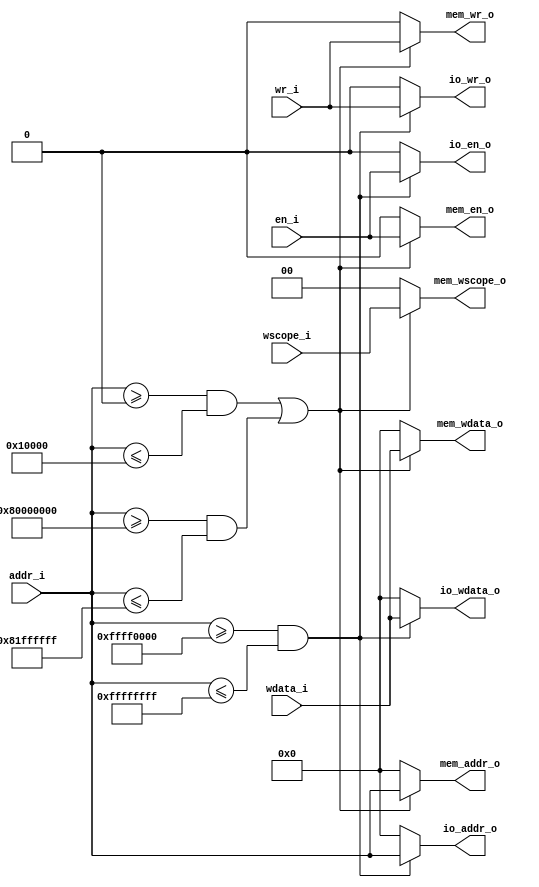
//////////////////////////////////////////////////////////////////////////////////
// Copyright (c) 2023, c.fan                                                      
//                                                                                
// Redistribution and use in source and binary forms, with or without             
// modification, are permitted provided that the following conditions are met:    
//                                                                                
// 1. Redistributions of source code must retain the above copyright notice, this 
//    list of conditions and the following disclaimer.                            
//                                                                                
// 2. Redistributions in binary form must reproduce the above copyright notice,   
//    this list of conditions and the following disclaimer in the documentation   
//    and/or other materials provided with the distribution.                      
//                                                                                
// 3. Neither the name of the copyright holder nor the names of its               
//    contributors may be used to endorse or promote products derived from        
//    this software without specific prior written permission.                    
//                                                                                
// THIS SOFTWARE IS PROVIDED BY THE COPYRIGHT HOLDERS AND CONTRIBUTORS "AS IS"    
// AND ANY EXPRESS OR IMPLIED WARRANTIES, INCLUDING, BUT NOT LIMITED TO, THE      
// IMPLIED WARRANTIES OF MERCHANTABILITY AND FITNESS FOR A PARTICULAR PURPOSE ARE 
// DISCLAIMED. IN NO EVENT SHALL THE COPYRIGHT HOLDER OR CONTRIBUTORS BE LIABLE   
// FOR ANY DIRECT, INDIRECT, INCIDENTAL, SPECIAL, EXEMPLARY, OR CONSEQUENTIAL     
// DAMAGES (INCLUDING, BUT NOT LIMITED TO, PROCUREMENT OF SUBSTITUTE GOODS OR     
// SERVICES; LOSS OF USE, DATA, OR PROFITS; OR BUSINESS INTERRUPTION) HOWEVER     
// CAUSED AND ON ANY THEORY OF LIABILITY, WHETHER IN CONTRACT, STRICT LIABILITY,  
// OR TORT (INCLUDING NEGLIGENCE OR OTHERWISE) ARISING IN ANY WAY OUT OF THE USE  
// OF THIS SOFTWARE, EVEN IF ADVISED OF THE POSSIBILITY OF SUCH DAMAGE.           
//////////////////////////////////////////////////////////////////////////////////

/**
 * load store io dispatcher
 * for the time being, simply dispatch (mem - cache future, uart, & other IO devices)
 * for future, the IO is preferable to have kind of IO bus
 */
 
module ldstio_dispatcher(
   // unified load store interface  
   input       [31:0]   addr_i      ,
   input                en_i        ,
   input                wr_i        ,
   input       [31:0]   wdata_i     ,
   input       [1:0]    wscope_i    ,
   // output for memory interface
   output reg  [31:0]   mem_addr_o  ,
   output reg           mem_en_o    ,
   output reg           mem_wr_o    ,
   output reg  [31:0]   mem_wdata_o ,
   output reg  [1:0]    mem_wscope_o, 
   // output for IO
   output reg  [31:0]   io_addr_o   ,
   output reg           io_en_o     ,
   output reg           io_wr_o     ,
   output reg  [31:0]   io_wdata_o  
   );
   
   // just a simple split
   // maybe kind of configuration table later
   parameter   IO_SPACE_BEGIN    =  32'hffff0000;
   parameter   IO_SPACE_END      =  32'hffffffff;   
   parameter   MEM_SPACE0_BEGIN  =  32'h00000000;
   parameter   MEM_SPACE0_END    =  32'h00010000;
   parameter   MEM_SPACE1_BEGIN  =  32'h80000000;
   parameter   MEM_SPACE1_END    =  32'h81ffffff;
   
   always @(*) begin
      if ((addr_i >= IO_SPACE_BEGIN) && (addr_i <= IO_SPACE_END)) begin
         io_addr_o   = addr_i    ;
         io_en_o     = en_i      ;
         io_wr_o     = wr_i      ;
         io_wdata_o  = wdata_i   ; 
      end
      else begin
         io_addr_o   = 32'b0 ;
         io_en_o     = 1'b0  ;
         io_wr_o     = 1'b0  ;
         io_wdata_o  = 32'b0 ; 
      end
   end
   
   always @(*) begin
      if (((addr_i >= MEM_SPACE0_BEGIN) && (addr_i <= MEM_SPACE0_END))
         || ((addr_i >= MEM_SPACE1_BEGIN) && (addr_i <= MEM_SPACE1_END))) begin
         mem_addr_o  = addr_i    ;
         mem_en_o    = en_i      ;
         mem_wr_o    = wr_i      ;
         mem_wdata_o = wdata_i   ; 
         mem_wscope_o= wscope_i  ;
      end
      else begin
         mem_addr_o  = 32'b0 ;
         mem_en_o    = 1'b0  ;
         mem_wr_o    = 1'b0  ;
         mem_wdata_o = 32'b0 ; 
         mem_wscope_o= 2'b0  ;
      end
   end   
   
endmodule